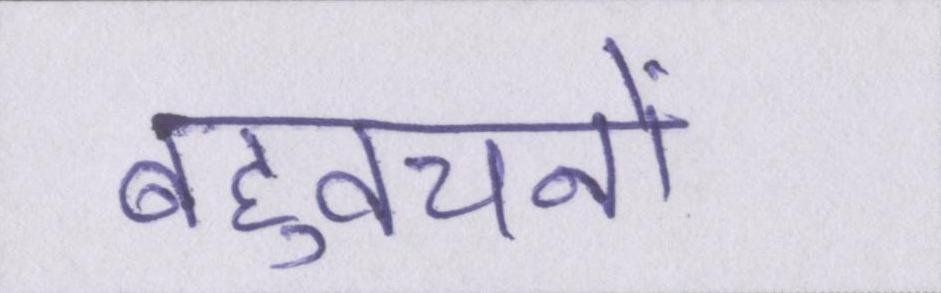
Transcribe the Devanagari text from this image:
बहुवचनों